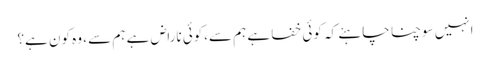
انہیں سوچنا چاہئے کہ کوئی خفا ہے ہم سے،کوئی ناراض ہے ہم سے ، وہ کون ہے؟